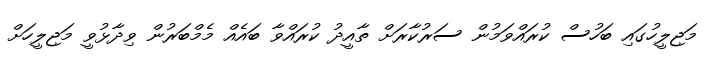
މަޖިލީހުގައި ބަހުސް ކުރައްވަމުން ސަރުކާރަށް ތާއީދު ކުރައްވާ ބައެއް މެމްބަރުން ވިދާޅުވީ މަޖިލީހަށް